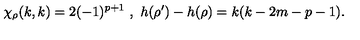
\chi _ { \rho } ( k , k ) = 2 ( - 1 ) ^ { p + 1 } \ , \ h ( \rho ^ { \prime } ) - h ( \rho ) = k ( k - 2 m - p - 1 ) .